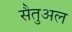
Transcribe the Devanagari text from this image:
सैतुअल